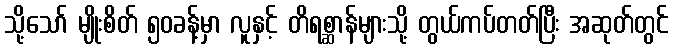
သို့သော် မျိုးစိတ် ၅၀ခန့်မှာ လူနှင့် တိရစ္ဆာန်များသို့ တွယ်ကပ်တတ်ပြီး အဆုတ်တွင်